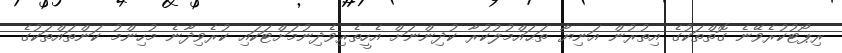
ރިޕޯޓުކުރެވޭނެ ގޮތްތަކުގެ އިތުރުން އަނިޔާ ތަޙައްމުލުކުރާ ކުދިންނަށް އެހީތެރިވެދިނުމަށްޓަކައި ކުރެވިދާނެ މުހިންމު ކަންތައްތަކުގެ